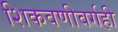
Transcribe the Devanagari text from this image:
शिकवणीवर्गही